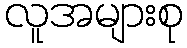
လူအများစု